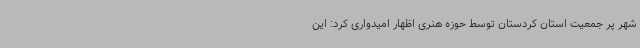
شهر پر جمعیت استان کردستان توسط حوزه هنری اظهار امیدواری کرد: این